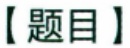
【题目】